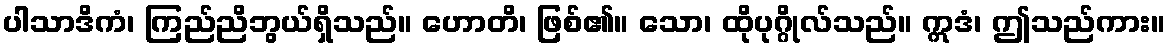
ပါသာဒိကံ၊ ကြည်ညိဘွယ်ရှိသည်။ ဟောတိ၊ ဖြစ်၏။ သော၊ ထိုပုဂ္ဂိုလ်သည်။ ဣဒံ၊ ဤသည်ကား။